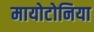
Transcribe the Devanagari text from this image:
मायोटोनिया